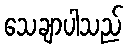
သေချာပါသည်